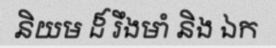
និយម ដ៏ រឹងមាំ និង ឯក